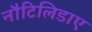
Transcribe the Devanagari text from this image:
नौटिलिडाए